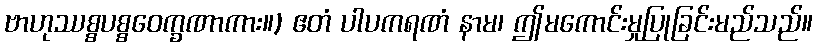
ဗာဟုဿစ္စပစ္စဝေက္ခဏာကား။) ဧတံ ပါပကရဏံ နာမ၊ ဤမကောင်းမှုပြုခြင်းမည်သည်။